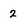
Character: 2